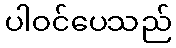
ပါဝင်ပေသည်